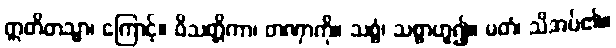
ဣတိတသ္မာ၊ ကြောင့်။ ဝိသတ္တိကာ၊ တဏှာကို။ သစ္စံ၊ သစ္စာဟူ၍။ မတံ၊ သိအပ်၏။